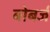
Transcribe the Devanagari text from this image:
बोबर्ज